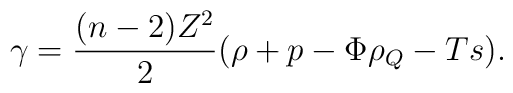
\gamma = \frac{(n-2)Z^2}{2}(\rho + p - \Phi\rho_Q - Ts).